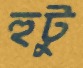
হুটু